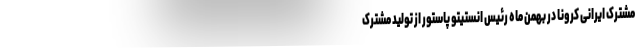
مشترک ایرانی کرونا در بهمن ماه رئیس انستیتو پاستور از تولید مشترک